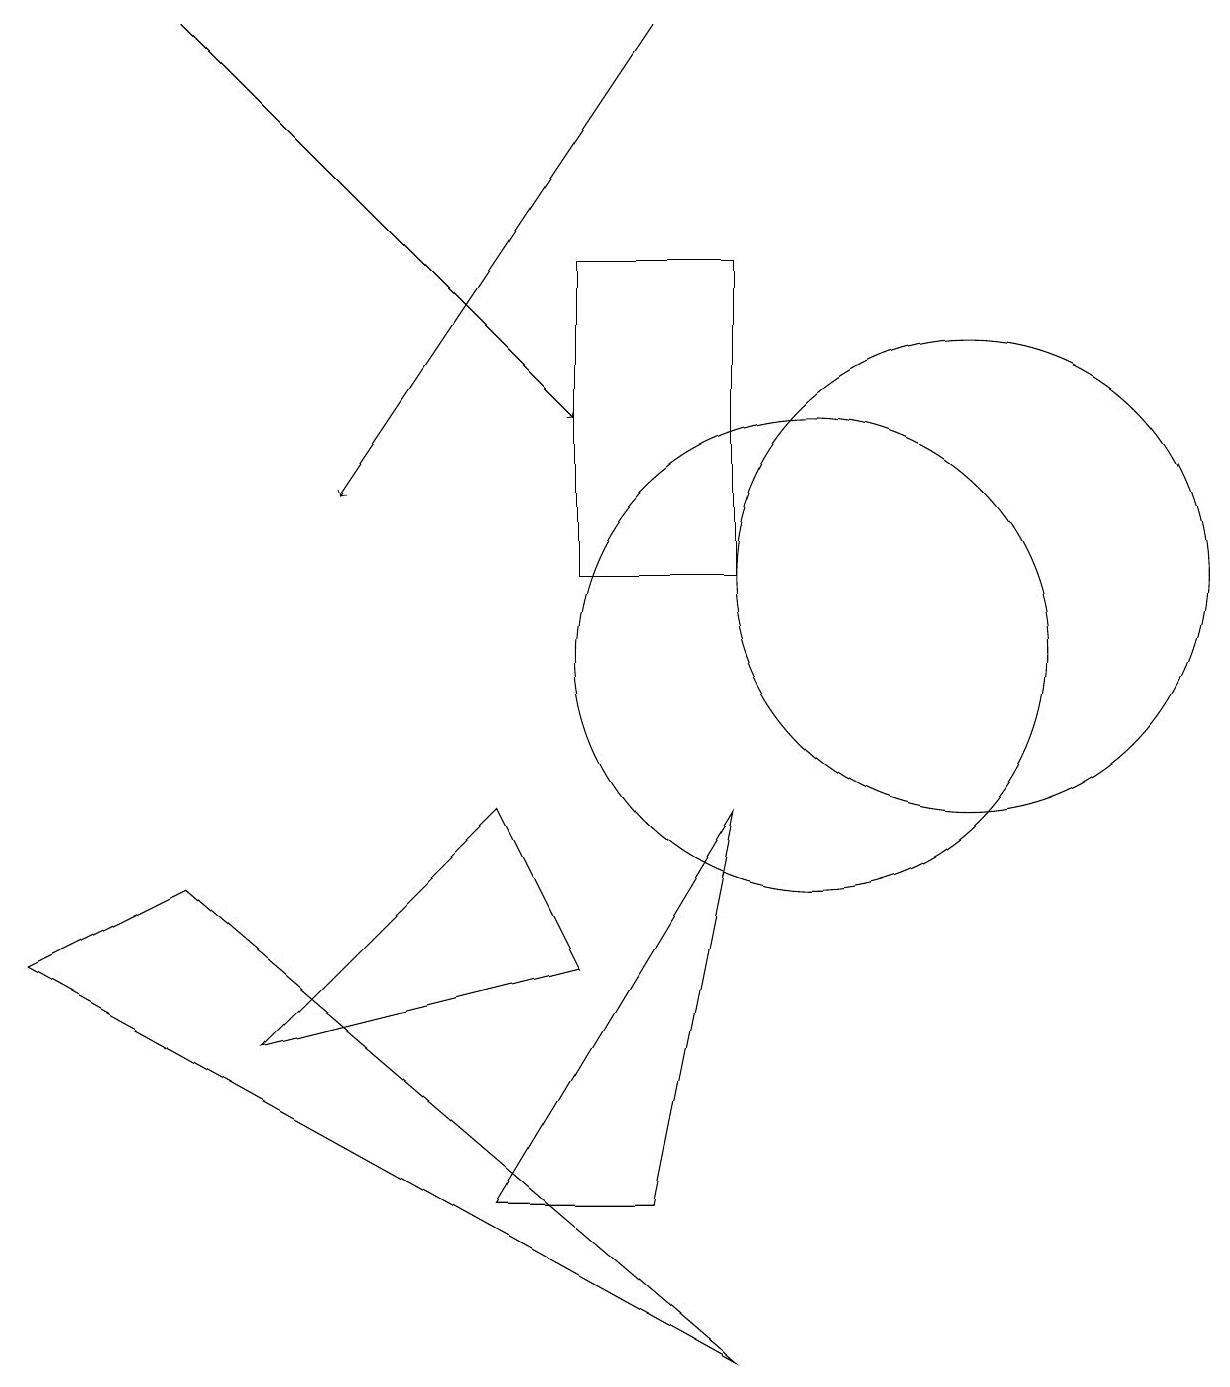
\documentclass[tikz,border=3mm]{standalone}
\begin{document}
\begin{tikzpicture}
\draw (10,10) circle (3);
\draw (3,5) -- (6,8) -- (7,6) -- cycle;
\draw[->] (2,18) -- (7,13);
\draw[->] (8,18) -- (4,12);
\draw (9,15) rectangle (7,11);
\draw (6,3) -- (9,8) -- (8,3) -- cycle;
\draw (12,11) circle (3);
\draw (0,6) -- (2,7) -- (9,1) -- cycle;
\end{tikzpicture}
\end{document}